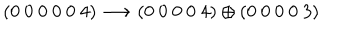
( 0 ~ 0 ~ 0 ~ 0 ~ 0 ~ 4 ) \longrightarrow ( 0 ~ 0 ~ 0 ~ 0 ~ 4 ) \oplus ( 0 ~ 0 ~ 0 ~ 0 ~ 3 )